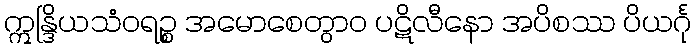
ဣန္ဒြိယသံဝရဉ္စ အမောစေတွာဝ ပဋိလီနော အပိစဿ ပိယင်္ဂု